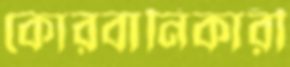
কোরবানিকারী